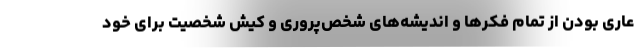
عاری بودن از تمام فکرها و اندیشه‌های شخص‌پروری و کیش شخصیت برای خود